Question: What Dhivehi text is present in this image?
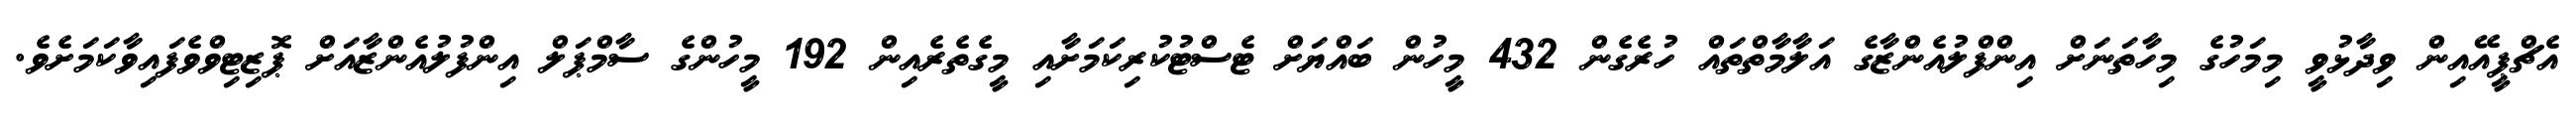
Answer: އެޗްޕީއޭއިން ވިދާޅުވީ މިމަހުގެ މިހާތަނަށް އިންފްލުއެންޒާގެ އަލާމާތްތައް ހުރެގެން 432 މީހުން ބައްޔަށް ޓެސްޓުކުރިކަމަށާއި މީގެތެރެއިން 192 މީހުންގެ ސާމްޕަލް އިންފުލުއެންޒާއަށް ޕޮޒިޓިވްވެފައިވާކަމަށެވެ.